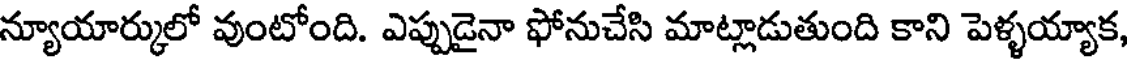
న్యూయార్కులో వుంటోంది. ఎప్పుడైనా ఫోనుచేసి మాట్లాడుతుంది కాని పెళ్ళయ్యాక,